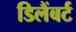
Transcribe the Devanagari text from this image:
डिलैंबर्ट